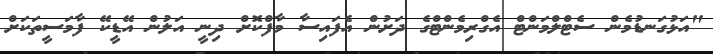
"އަޅުގަނޑުމެން ސެޓްލްމަންޓް އެގްރިމެންޓްގެ ދަށުން އެފައިސާ މާފްކޮށް ދިނީ އަލުން އޭޑީކޭ ފާމަސީތަކަށް